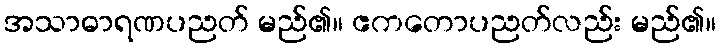
အသာဓာရဏပညတ် မည်၏။ ဧကတောပညတ်လည်း မည်၏။